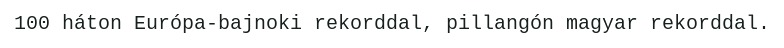
100 háton Európa-bajnoki rekorddal, pillangón magyar rekorddal.